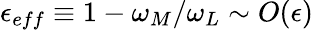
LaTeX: \epsilon_{eff}\equiv 1-\omega_{M}/\omega_{L}\sim O(\epsilon)